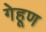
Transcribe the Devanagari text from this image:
गेहूण